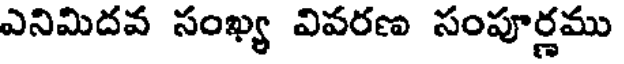
ఎనిమిదవ సంఖ్య వివరణ సంపూర్ణము